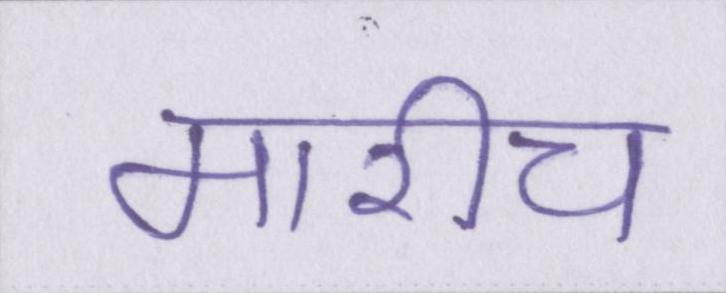
मारीच